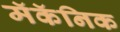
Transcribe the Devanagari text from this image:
मॅकॅनिक